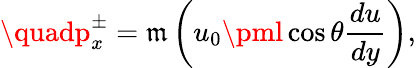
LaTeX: \quadp_{x}^{\pm}=\mathfrak{m}\left(u_{0}\pml\cos\theta{\frac{{du}}{{dy}}}\right),